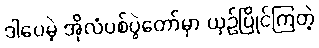
ဒါပေမဲ့ အိုလံပစ်ပွဲတော်မှာ ယှဉ်ပြိုင်ကြတဲ့